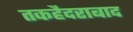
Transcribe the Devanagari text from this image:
तकहैदराबाद